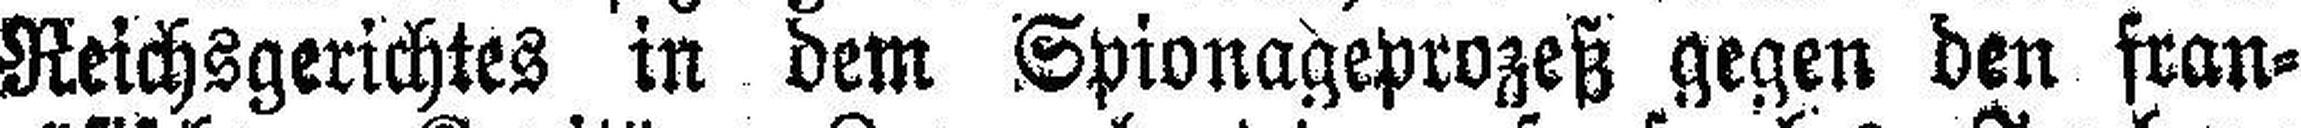
Reichsgerichtes in dem Spionageprozeß gegen den fran¬